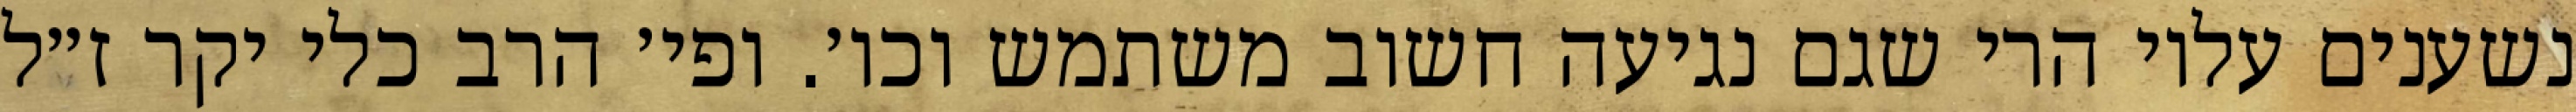
נשענים עליו הרי שגם נגיעה חשוב משתמש וכו׳. ופי׳ הרב כלי יקר ז״ל